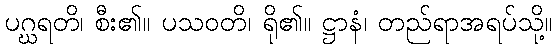
ပဂ္ဃရတိ၊ စီး၏။ ပသဝတိ၊ ရို၏။ ဋ္ဌာနံ၊ တည်ရာအရပ်သို့။